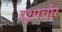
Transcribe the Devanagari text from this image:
दुश्पर्चार